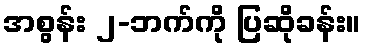
အစွန်း ၂-ဘက်ကို ပြဆိုခန်း။